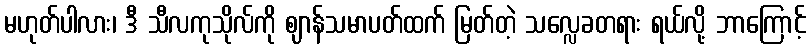
မဟုတ်ပါလား၊ ဒီ သီလကုသိုလ်ကို ဈာန်သမာပတ်ထက် မြတ်တဲ့ သလ္လေခတရား ရယ်လို့ ဘာကြောင့်